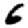
Digit: 6